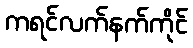
ကရင်လက်နက်ကိုင်